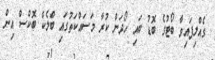
ގެއްލިފައިވާ ބޯޓުގެ ބޮޑު ބައި ހޯދަން ކުރާ މަސައްކަތުގައި ބްލެކް ބޮކްސް އިން